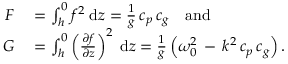
\begin{array} { r l } { F } & { { } = \int _ { h } ^ { 0 } f ^ { 2 } \; { \mathrm { d } } z = { \frac { 1 } { g } } \, c _ { p } \, c _ { g } \quad { \mathrm { a n d } } } \\ { G } & { { } = \int _ { h } ^ { 0 } \left( { \frac { \partial { f } } { \partial { z } } } \right) ^ { 2 } \; { \mathrm { d } } z = { \frac { 1 } { g } } \left( \omega _ { 0 } ^ { 2 } \, - \, k ^ { 2 } \, c _ { p } \, c _ { g } \right) . } \end{array}